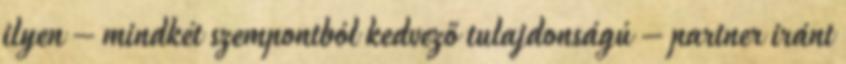
ilyen – mindkét szempontból kedvező tulajdonságú – partner iránt